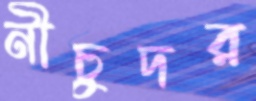
নীচুদর